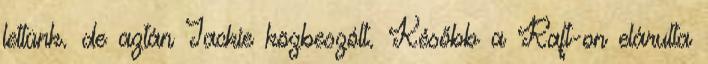
lettünk. de aztán Jackie közbeszólt. Később a Raft-on elárulta